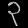
Digit: ၃